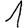
Digit: 1